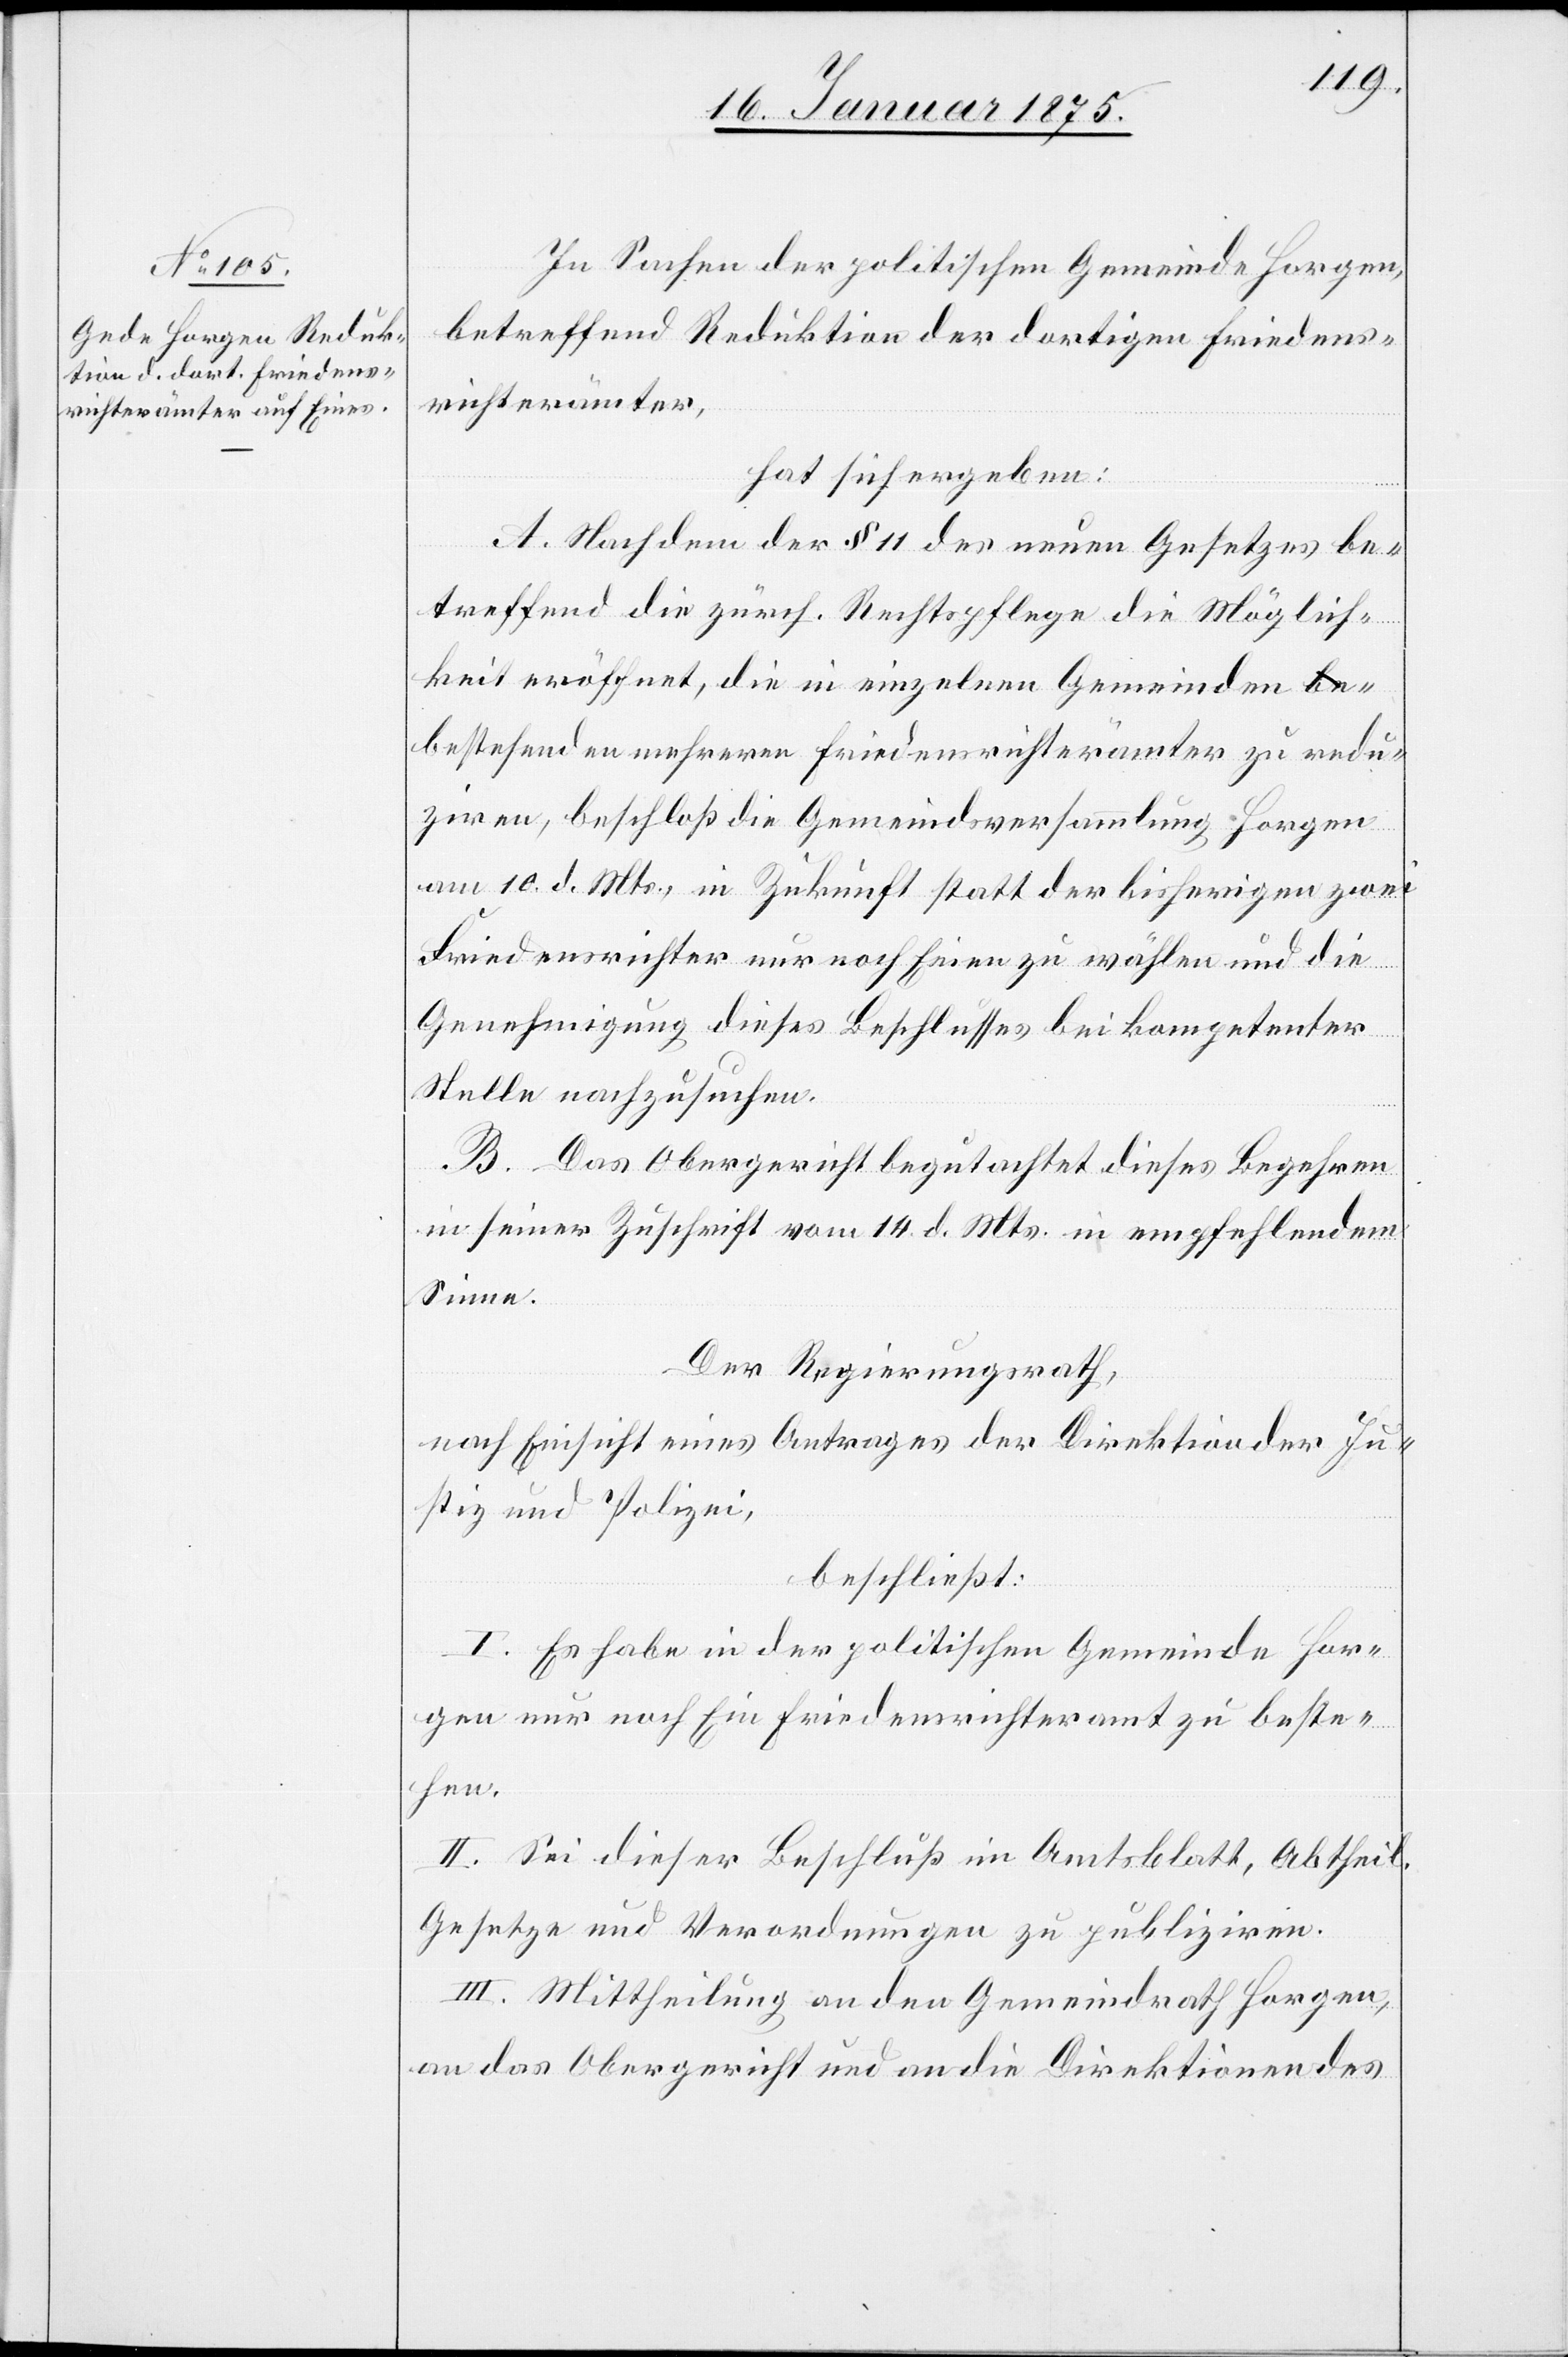
In Sachen der politischen Gemeinde Horgen,
betreffend Reduktion der dortigen Friedens¬
richterämter,
hat sich ergeben:
A. Nachdem der § 11 des neuen Gesetzes be¬
treffend die zürch. Rechtspflege die Möglich¬
keit eröffnet, die in einzelnen Gemeinden be¬
stehenden mehreren Friedensrichterämter zu redu¬
ziren, beschloß die Gemeindsversammlung Horgen
am 10. d. Mts., in Zukunft statt der bisherigen zwei
Friedensrichter nur noch Einen zu wählen und die
Genehmigung dieses Beschlusses bei kompetenter
Stelle nachzusuchen.
B. Das Obergericht begutachtet dieses Begehren
in seiner Zuschrift vom 14. d. Mts. in empfehlendem
Sinne.
Der Regierungsrath,
nach Einsicht eines Antrages der Direktion der Ju¬
stiz und Polizei,
beschließt:
I. Es habe in der politischen Gemeinde Hor¬
gen nur noch Ein Friedensrichteramt zu beste¬
hen.
II. Sei dieser Beschluß im Amtsblatt, Abtheil.
Gesetze und Verordnungen zu publiziren.
III. Mittheilung an den Gemeindrath Horgen,
an das Obergericht und an die Direktionen des